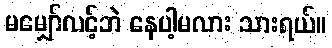
မမျှော်လင့်ဘဲ နေပါ့မလား သားရယ်။